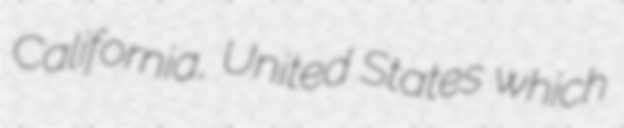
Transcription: California, United States which